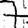
Digit: 7